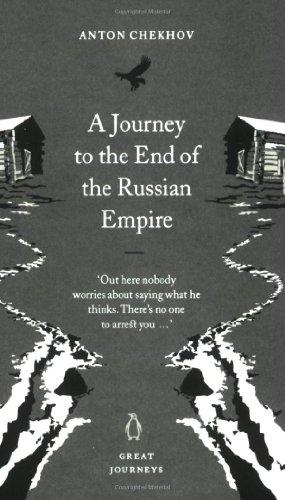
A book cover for A Journey to the End of the Russian Empire (Penguin Great Journeys); Anton Chekhov; Travel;